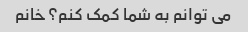
می توانم به شما کمک کنم؟ خانم